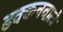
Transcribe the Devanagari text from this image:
ढक्कनवाले